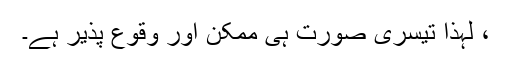
، لہذا تیسری صورت ہی ممکن اور وقوع پذیر ہے۔